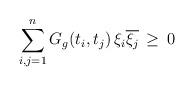
LaTeX: \begin{align*} \sum_{i,j=1}^{n} G_g(t_i,t_j) \, \xi_i \overline{\xi_j} \,\geq\, 0\end{align*}